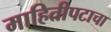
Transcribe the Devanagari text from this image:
माहितीपटाचा